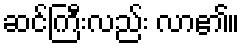
ဆင်ကြီးလည်း လာ၏။